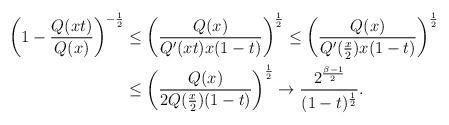
LaTeX: \begin{align*}\begin{aligned}\left(1 - \frac{Q(x t)}{Q(x)}\right)^{-\frac 12} &\leq \left(\frac{Q(x)}{Q'(x t) x (1-t)}\right)^{\frac 12} \leq \left(\frac{Q(x)}{Q'(\frac x2) x (1-t)}\right)^{\frac 12} \\&\leq \left(\frac{Q(x)}{2 Q(\frac x2) (1-t)}\right)^{\frac 12} \to \frac{2^\frac{\beta-1}{2}}{(1-t)^\frac{1}{2}}.\end{aligned}\end{align*}